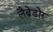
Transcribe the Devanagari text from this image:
लैब्रेडोर